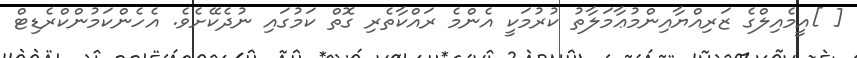
[ ]އީމެއިލްގެ ޒަރިއްޔާއިންމުޢާމަލާތު ކުރުމަކީ އެންމެ ރައްކާތެރި ގޮތް ކަމުގައި ނުދެކޭށެވެ. އެހެންކަމުންކްރެޑިޓް